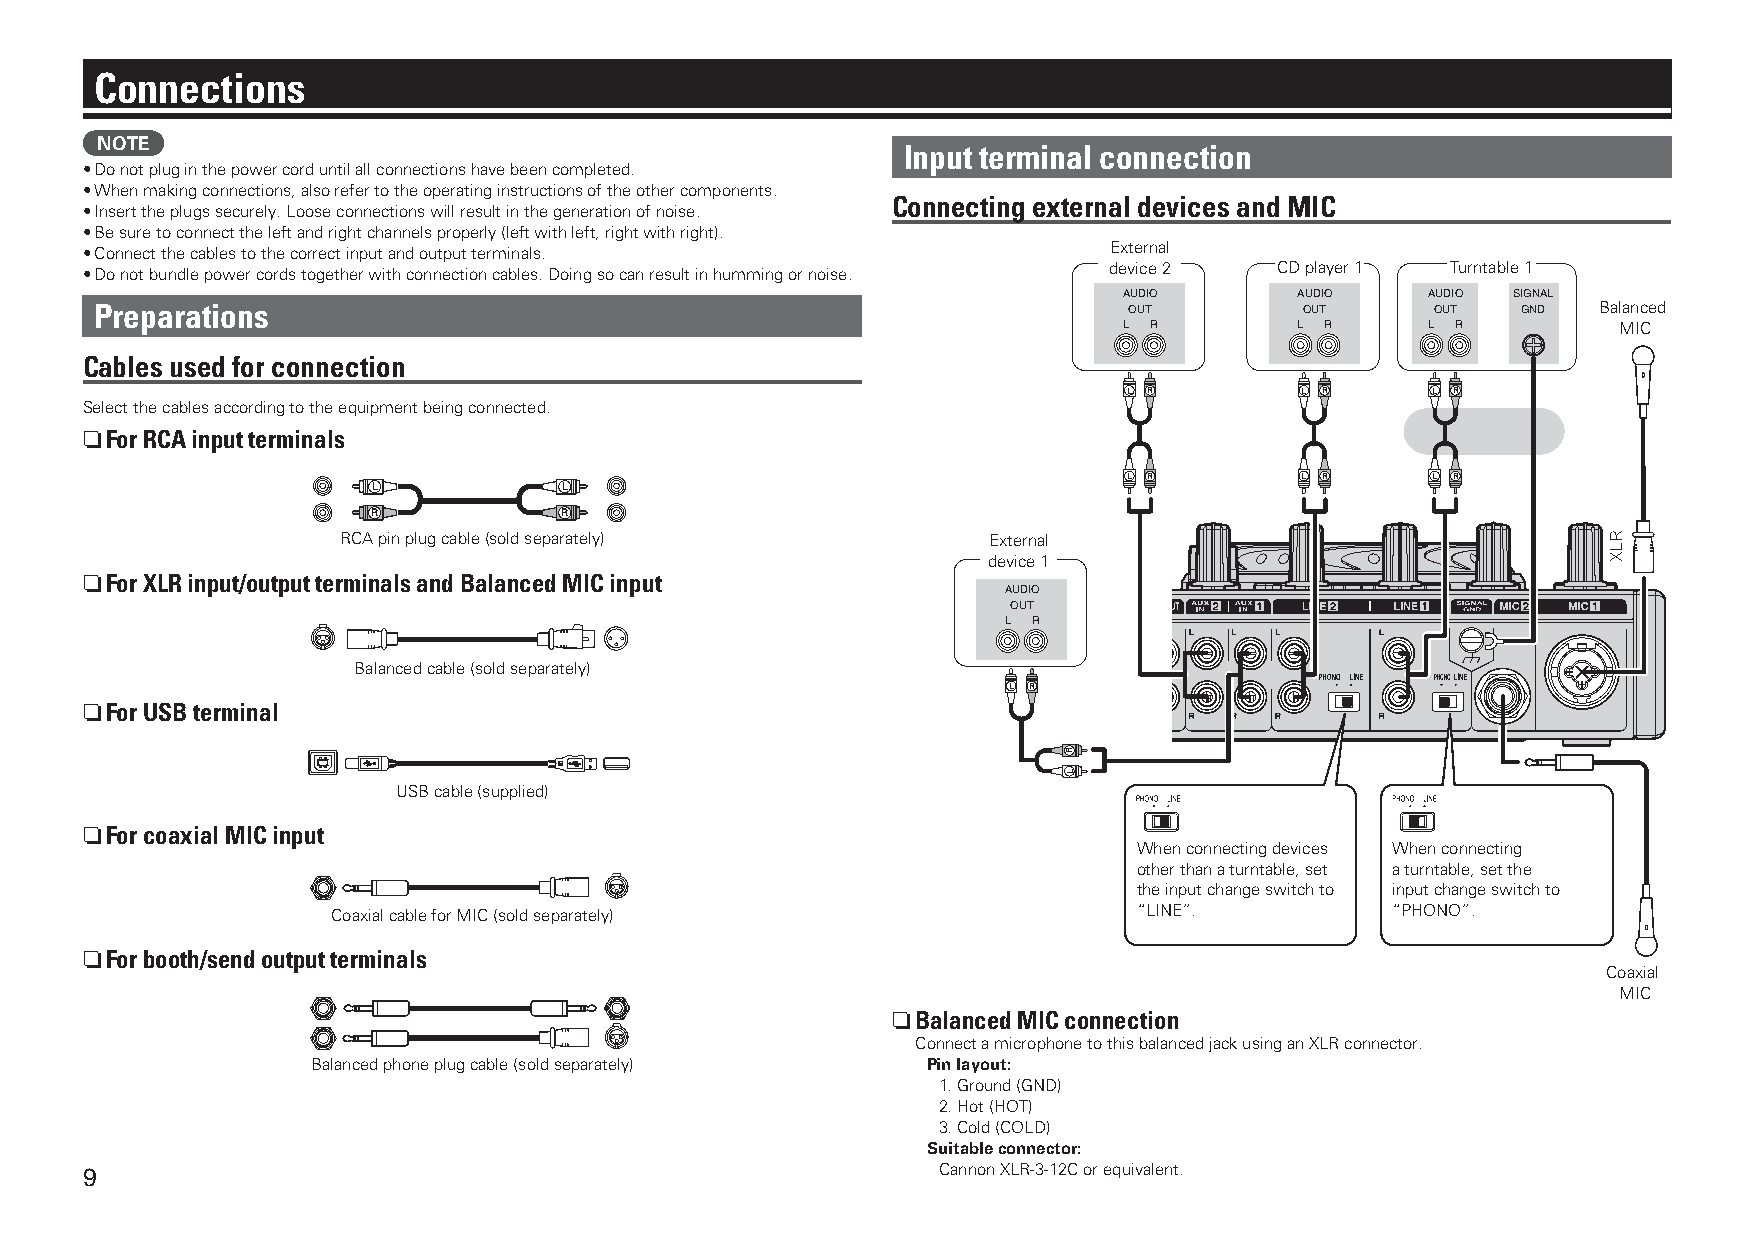
Connections
 NOTE
 Input terminal connection
 • Do not plug in the power cord until all connections have been completed.
 • When making connections, also refer to the operating instructions of the other components.
 Connecting external devices and MIC
 • Insert the plugs securely. Loose connections will result in the generation of noise.
 • Be sure to connect the left and right channels properly (left with left, right with right).
 • Connect the cables to the correct input and output terminals.     External
 • Do not bundle power cords together with connection cables. Doing so can result in humming or noise. device 2 CD player 1 Turntable 1
 AUDIO       AUDIO    AUDIO SIGNAL
 Preparations                                                         OUT        OUT      OUT   GND  Balanced
 L R         L R      L R         MIC
 Cables used for connection
 L R        L R      L R
 Select the cables according to the equipment being connected.
 n For RCA input terminals
 L R        L R      L R
 L           L
 R           R
 RCA pin plug cable (sold separately)      External
 device 1
 n For XLR input/output terminals and Balanced MIC input
 AUDIO
 OUT
 L R
 Balanced cable (sold separately)
 L R
 n For USB terminal
 USB cable (supplied)
 n For coaxial MIC input
 When connecting devices When connecting
 other than a turntable, set a turntable, set the
 the input change switch to input change switch to
 Coaxial cable for MIC (sold separately)              “LINE”.          “PHONO”.
 n For booth/send output terminals
 Coaxial
 MIC
 n Balanced MIC connection
 Connect a microphone to this balanced jack using an XLR connector.
 Balanced phone plug cable (sold separately) Pin layout:
 1. Ground (GND)
 2. Hot (HOT)
 3. Cold (COLD)
 Suitable connector:
 9                                                        Cannon XLR-3-12C or equivalent.
 R
 L
 RLX